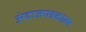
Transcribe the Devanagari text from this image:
अंदाजपत्रकावर